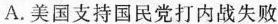
A.美国支持国民党打内战失败